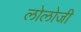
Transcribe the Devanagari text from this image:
लोलोजी